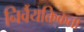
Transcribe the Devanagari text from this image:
निर्वैयक्तिकता